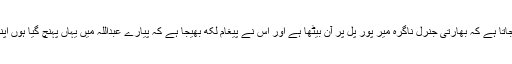
زخمی جرنیل کو بتایا جاتا ہے کہ بھارتی جنرل ناگرہ میر پور پل پر آن بیٹھا ہے اور اس نے پیغام لکھ بھیجا ہے کہ پیارے عبداللہ میں یہاں پہنچ گیا ہوں اپنے فوجی افسر بھیج دو۔